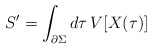
\begin{align*}S' = \int_{\partial \Sigma} d\tau \, V[X(\tau )]\end{align*}